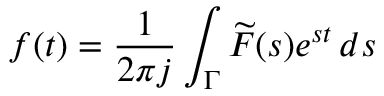
f ( t ) = \frac { 1 } { 2 \pi j } \int _ { \Gamma } \widetilde { F } ( s ) e ^ { s t } \, d s